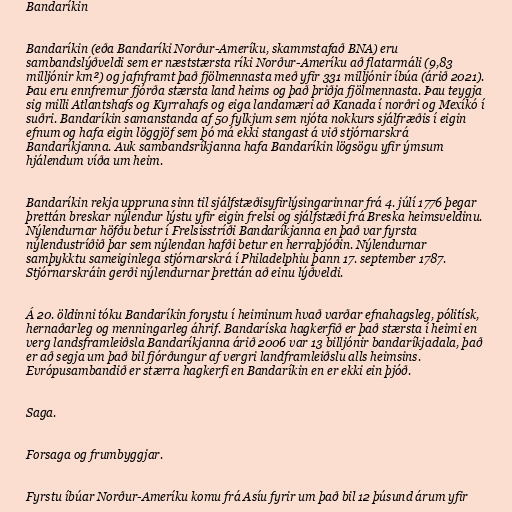
Bandaríkin

Bandaríkin (eða Bandaríki Norður-Ameríku, skammstafað BNA) eru
sambandslýðveldi sem er næststærsta ríki Norður-Ameríku að flatarmáli (9,83
milljónir km²) og jafnframt það fjölmennasta með yfir 331 milljónir íbúa (árið 2021).
Þau eru ennfremur fjórða stærsta land heims og það þriðja fjölmennasta. Þau teygja
sig milli Atlantshafs og Kyrrahafs og eiga landamæri að Kanada í norðri og Mexíkó í
suðri. Bandaríkin samanstanda af 50 fylkjum sem njóta nokkurs sjálfræðis í eigin
efnum og hafa eigin löggjöf sem þó má ekki stangast á við stjórnarskrá
Bandaríkjanna. Auk sambandsríkjanna hafa Bandaríkin lögsögu yfir ýmsum
hjálendum víða um heim.

Bandaríkin rekja uppruna sinn til sjálfstæðisyfirlýsingarinnar frá 4. júlí 1776 þegar
þrettán breskar nýlendur lýstu yfir eigin frelsi og sjálfstæði frá Breska heimsveldinu.
Nýlendurnar höfðu betur í Frelsisstríði Bandaríkjanna en það var fyrsta
nýlendustríðið þar sem nýlendan hafði betur en herraþjóðin. Nýlendurnar
samþykktu sameiginlega stjórnarskrá í Philadelphiu þann 17. september 1787.
Stjórnarskráin gerði nýlendurnar þrettán að einu lýðveldi.

Á 20. öldinni tóku Bandaríkin forystu í heiminum hvað varðar efnahagsleg, pólitísk,
hernaðarleg og menningarleg áhrif. Bandaríska hagkerfið er það stærsta í heimi en
verg landsframleiðsla Bandaríkjanna árið 2006 var 13 billjónir bandaríkjadala, það
er að segja um það bil fjórðungur af vergri landframleiðslu alls heimsins.
Evrópusambandið er stærra hagkerfi en Bandaríkin en er ekki ein þjóð.

Saga.

Forsaga og frumbyggjar.

Fyrstu íbúar Norður-Ameríku komu frá Asíu fyrir um það bil 12 þúsund árum yfir